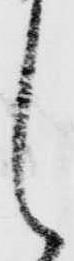
し